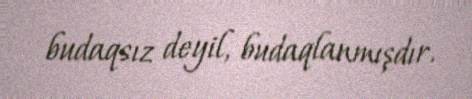
budaqsız deyil, budaqlanmışdır.